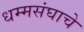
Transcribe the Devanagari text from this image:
धम्मसंघाचे